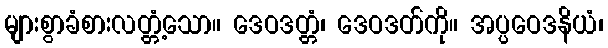
များစွာခံစားလတ္တံ့သော။ ဒေဝဒတ္တံ၊ ဒေဝဒတ်ကို။ အပ္ပဝေဒနိယံ၊